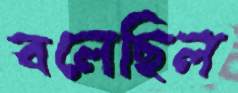
বলেছিল